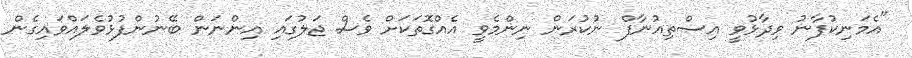
"އެމަނިކުފާނު ވިދާޅުވީ އިސްތިއުނާފް ނުކުރަން ނިންމެވީ އެއްގޮތަކަށް ވެސް ޖަލުގައި އިންނަން ބޭނުންފުޅުވެލައްވައިގެން